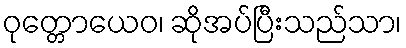
ဝုတ္တောယေဝ၊ ဆိုအပ်ပြီးသည်သာ၊